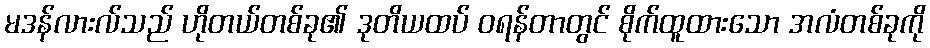
မဒန်လားလ်သည် ဟိုတယ်တစ်ခု၏ ဒုတိယထပ် ဝရန်တာတွင် စိုက်ထူထားသော အလံတစ်ခုကို